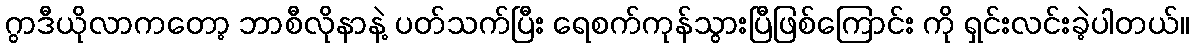
ဂွာဒီယိုလာကတော့ ဘာစီလိုနာနဲ့ ပတ်သက်ပြီး ရေစက်ကုန်သွားပြီဖြစ်ကြောင်း ကို ရှင်းလင်းခဲ့ပါတယ်။